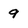
Character: 9